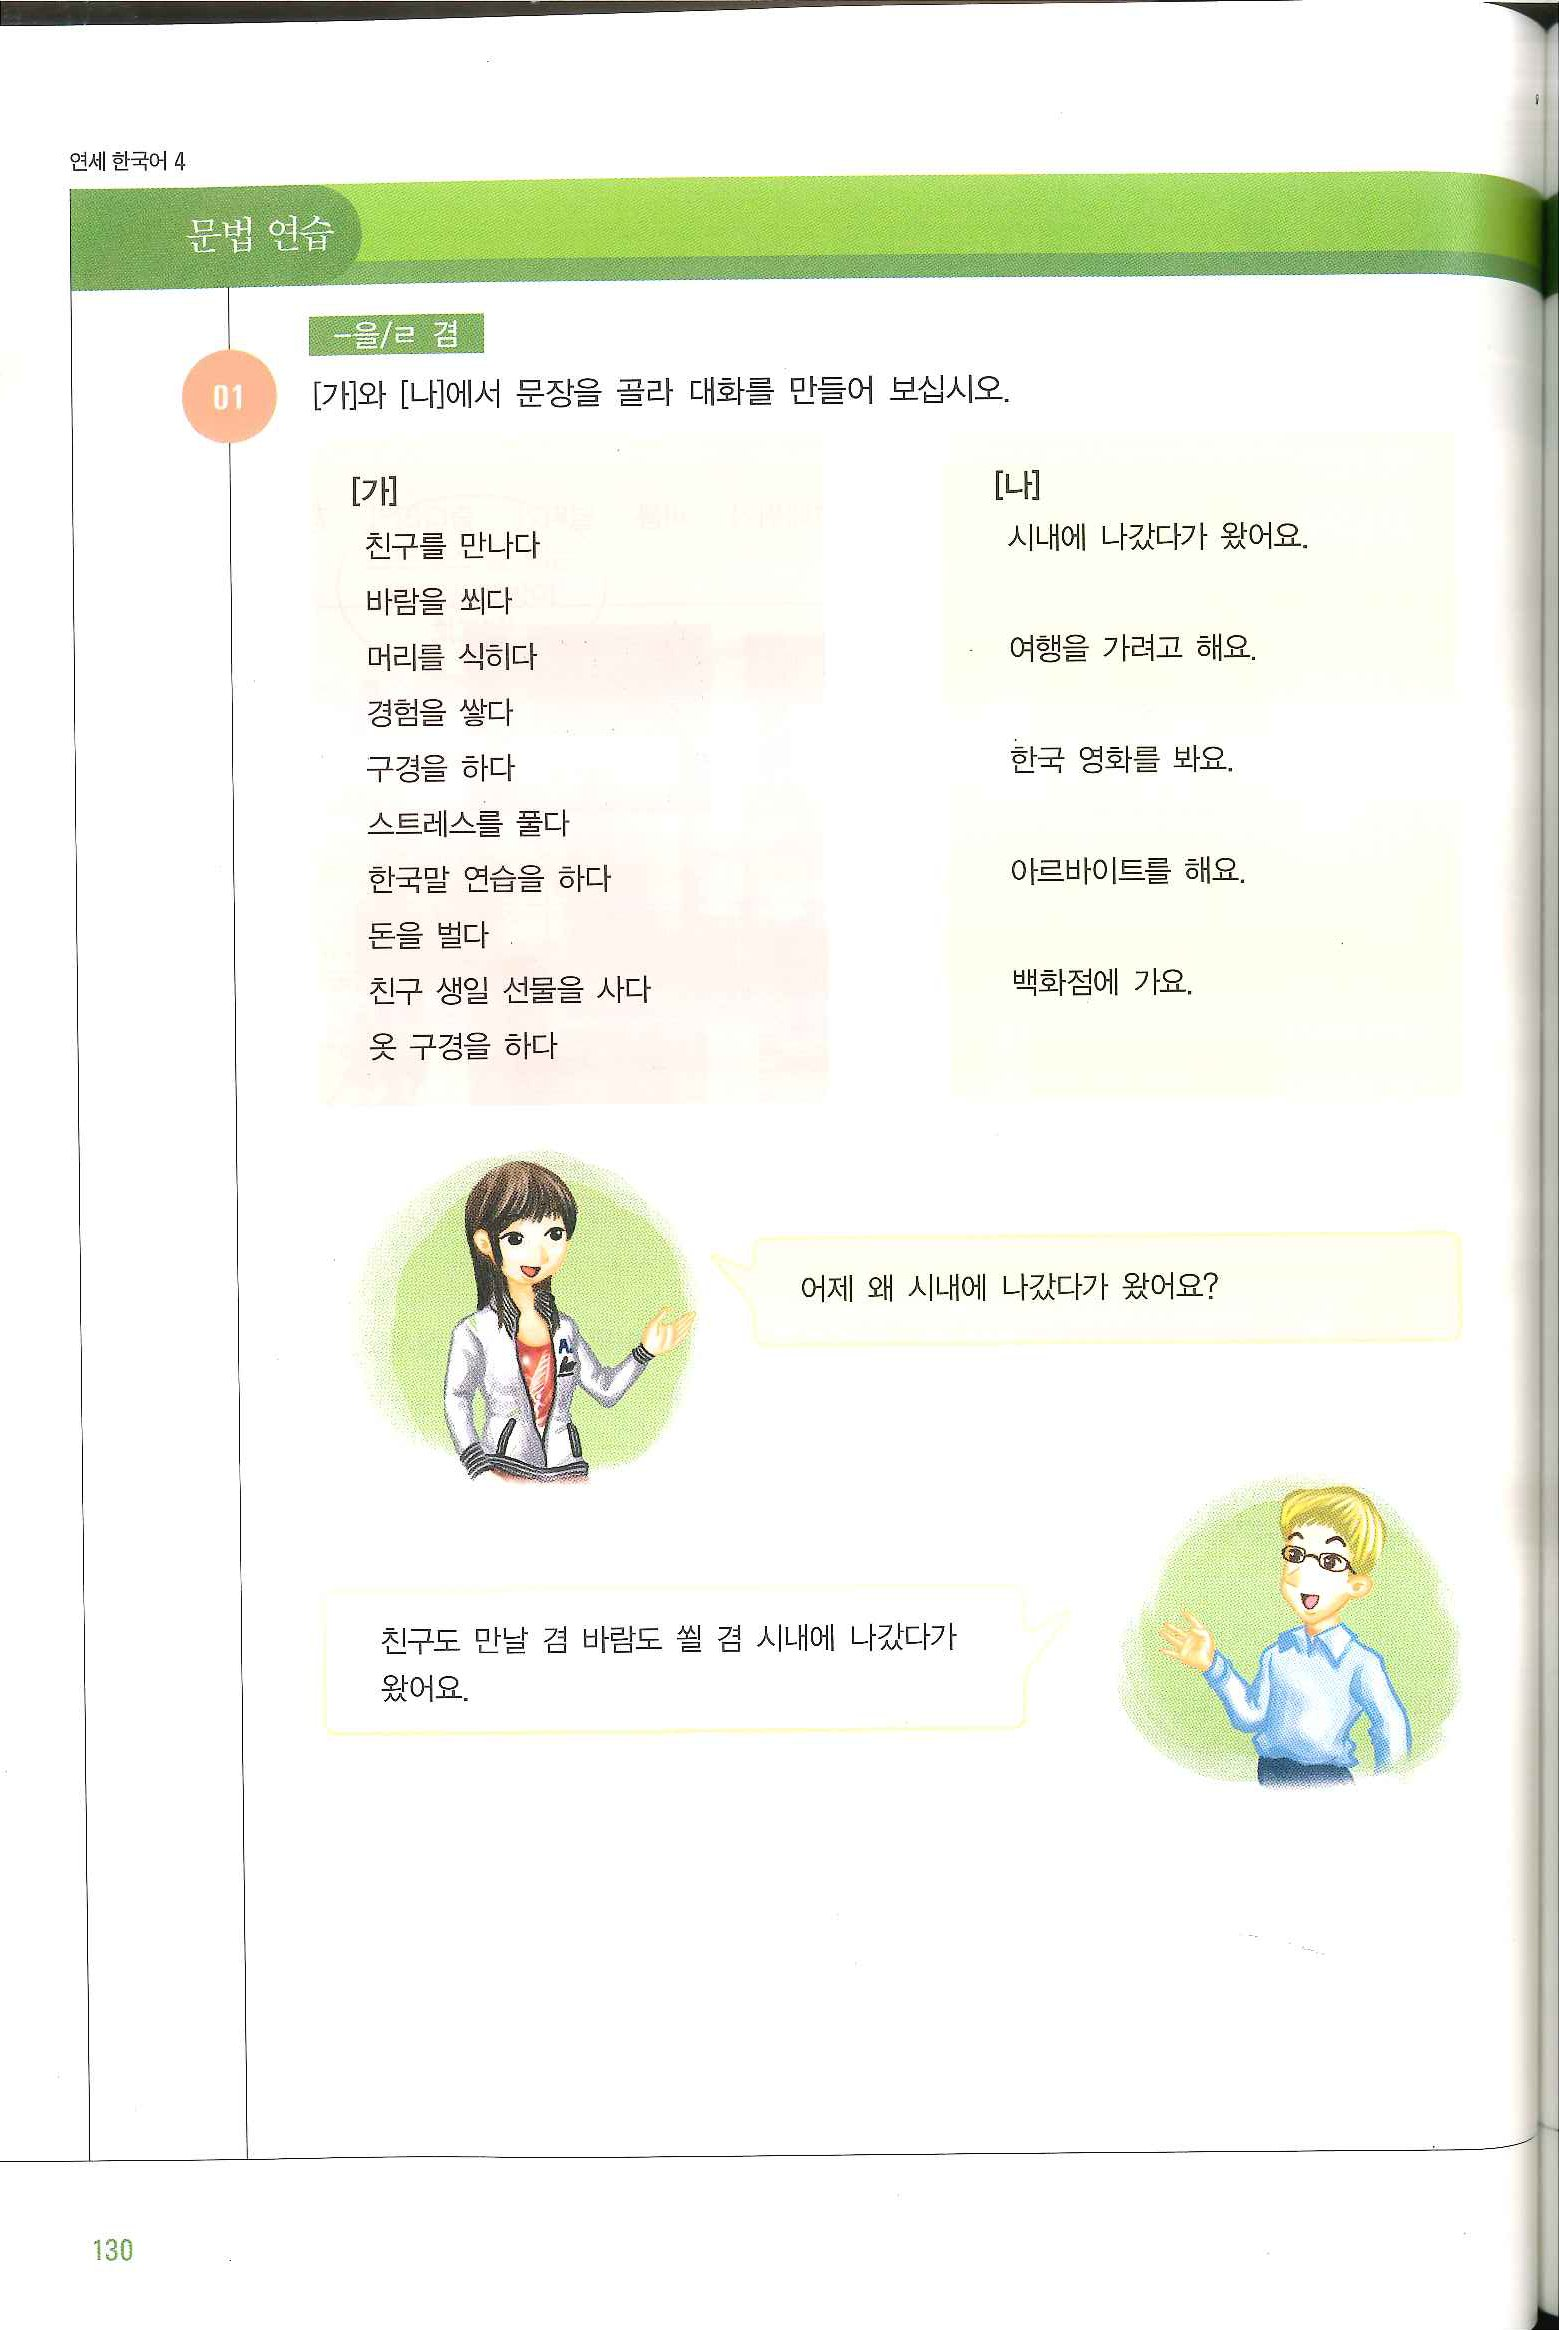
Language: ko